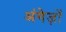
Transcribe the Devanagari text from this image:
अंगेज़ों